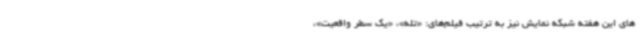
های این هفته شبکه نمایش نیز به ترتیب فیلم‌های: «تله»، «یک سطر واقعیت»،